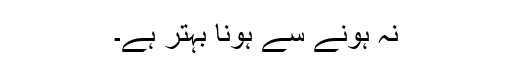
نہ ہونے سے ہونا بہتر ہے۔